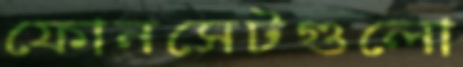
ফোনসেটগুলো